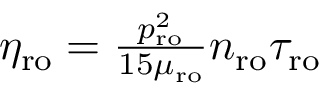
\begin{array} { r } { \eta _ { \mathrm { r o } } = \frac { p _ { \mathrm { r o } } ^ { 2 } } { 1 5 \mu _ { \mathrm { r o } } } n _ { \mathrm { r o } } \tau _ { \mathrm { r o } } } \end{array}